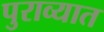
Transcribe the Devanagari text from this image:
पुराव्यात